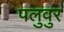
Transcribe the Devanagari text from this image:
पलुवुर